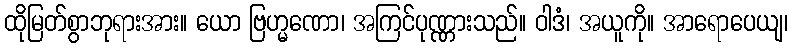
ထိုမြတ်စွာဘုရားအား။ ယော ဗြဟ္မဏော၊ အကြင်ပုဏ္ဏားသည်။ ဝါဒံ၊ အယူကို။ အာရောပေယျ၊